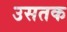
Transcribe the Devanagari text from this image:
उसतक